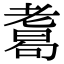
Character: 𦓂